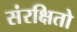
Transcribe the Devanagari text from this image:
संरक्षितो